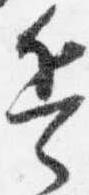
兵